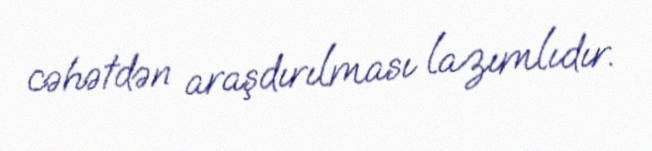
cəhətdən araşdırılması lazımlıdır.